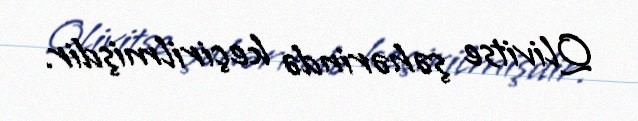
Qlivitse şəhərində keçirilmişdir.